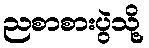
ညစာစားပွဲသို့